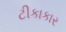
ટીકાકાર